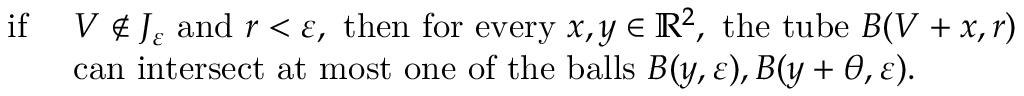
\begin{array} { r l } { \mathrm { i f ~ } } & { V \notin J _ { \varepsilon } \mathrm { ~ a n d ~ } r < \varepsilon , \mathrm { ~ t h e n ~ f o r ~ e v e r y ~ } x , y \in \mathbb R ^ { 2 } , \mathrm { ~ t h e ~ t u b e ~ } B ( V + x , r ) } \\ & { \mathrm { c a n ~ i n t e r s e c t ~ a t ~ m o s t ~ o n e ~ o f ~ t h e ~ b a l l s ~ } B ( y , \varepsilon ) , B ( y + \theta , \varepsilon ) . } \end{array}